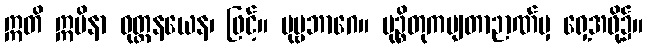
ဣတိ ဣမိနာ ဝုတ္တနယေန၊ ဖြင့်။ ပုဗ္ဗဘာဂေ။ မုဉ္စိတုကမျတာဉာဏ်မှ ရှေ့အဖို့၌။